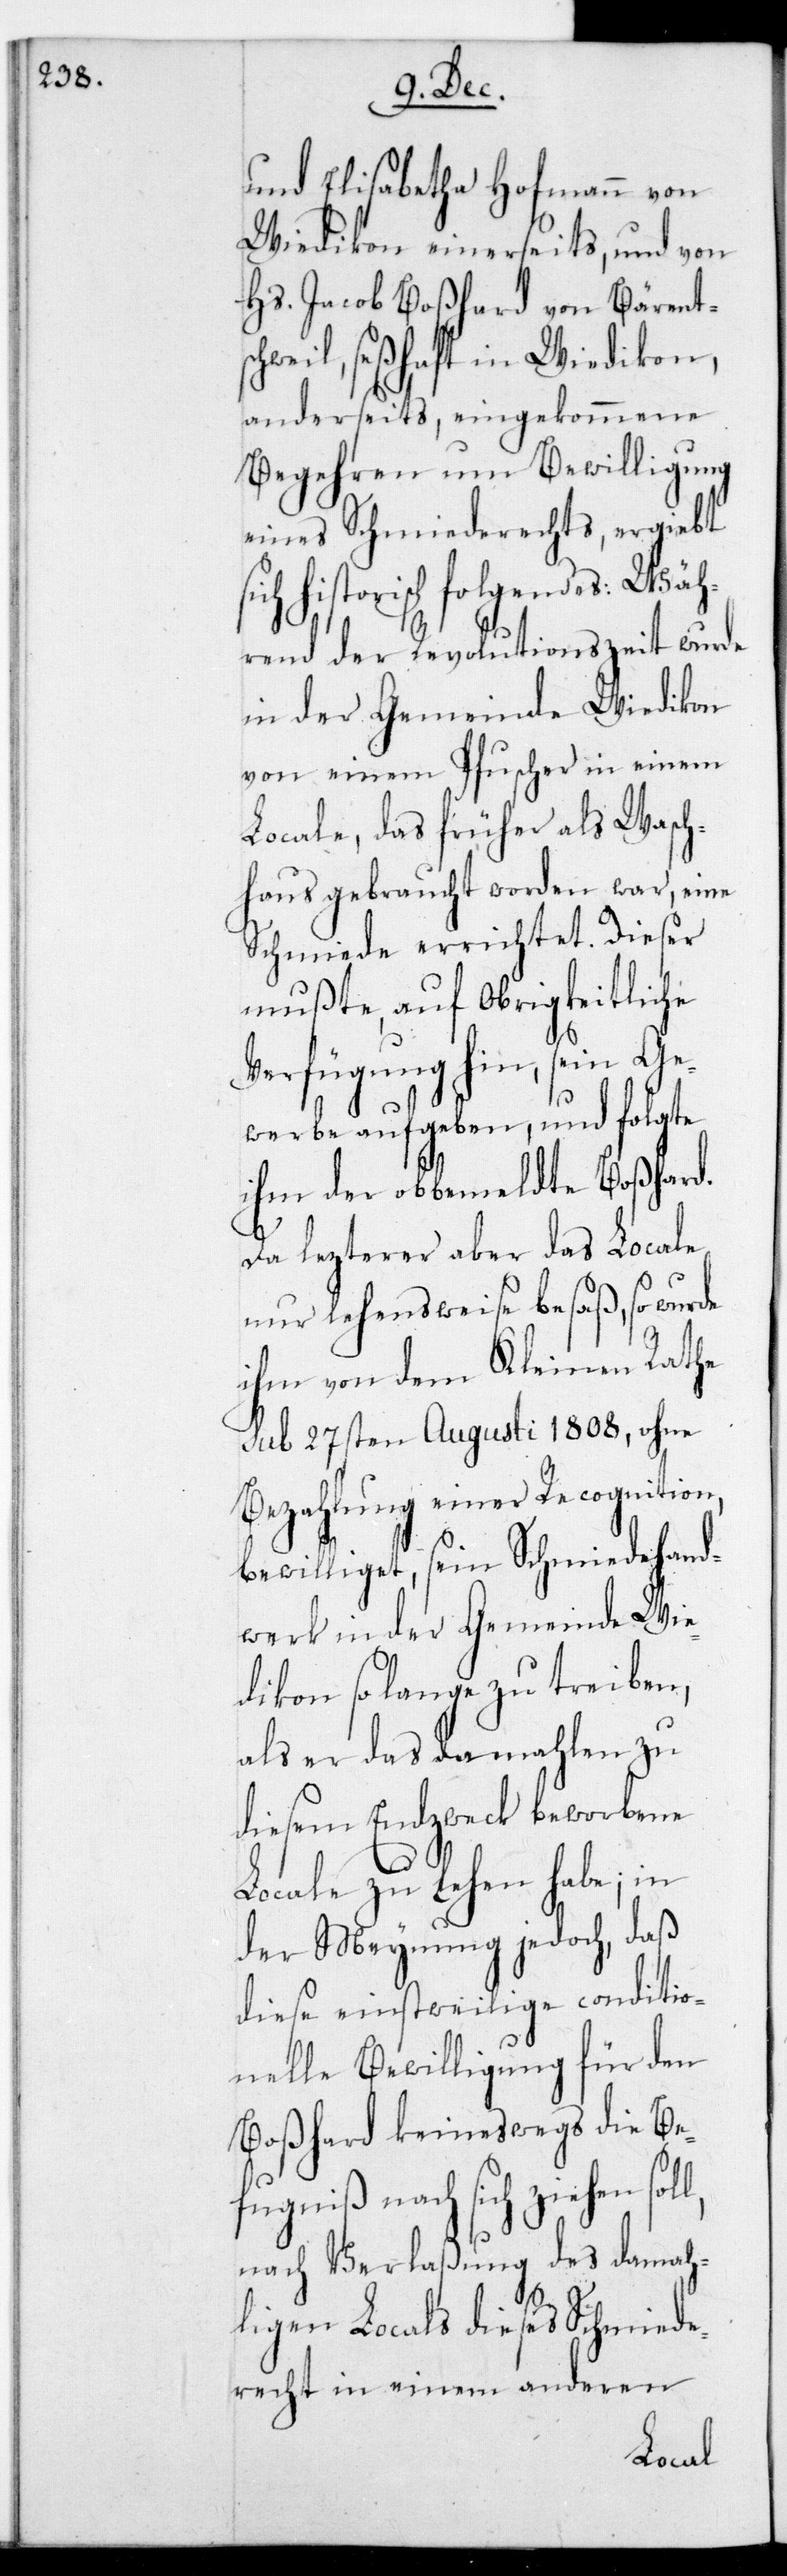
und Elisabetha Hofmann von
Wiedikon einerseits, und von
Hs. Jacob Boßhard von Bärents¬
chweil, seßhaft in Wiedikon
anderseits, eingekommene
Begehren um Bewilligung
eines Schmiederechts, ergiebt
historisch folgendes: Wäh¬
rend der Revolutionszeit wurde
in der Gemeinde Wiedikon
von einem Pfuscher in einem
Locale, das früher als Wasch¬
haus gebraucht worden war, eine
Schmiede errichtet. Dieser
mußte, auf obrigkeitliche
Verfügung hin, sein Ge¬
werbe aufgeben, und folgte
ihm der obbemeldte Boßhard.
Da lezterer aber das Locale
nur lehensweise besaß, so wurde
ihm von dem Kleinen Rathe
sub 27sten Augusti 1808, ohne
Bezahlung einer Recognition,
bewilliget, sein Schmiedehand¬
werk in der Gemeinde Wie¬
dikon so lange zu treiben,
als er das damalen zu
diesem Endzweck beworbene
Locale zu Lehen habe; in
der Meynung jedoch, daß
diese einstweilige conditio¬
nelle Bewilligung für den
Boßhard keineswegs die Be¬
fugniß nach sich ziehen
nach Verlaßung des damah¬
ligen Locals dieses Schmiede¬
rechts in einem anderen